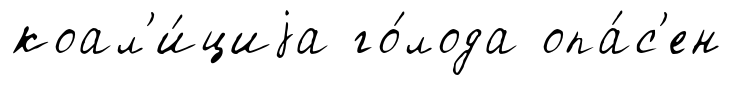
коал'и́циjа го́лода опа́с'ен